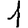
Digit: 1